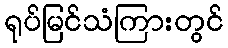
ရုပ်မြင်သံကြားတွင်